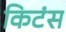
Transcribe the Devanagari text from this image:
किटंस